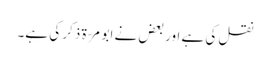
نقل کی ہے اور بعض نے ابو مرّۃ ذکر کی ہے۔